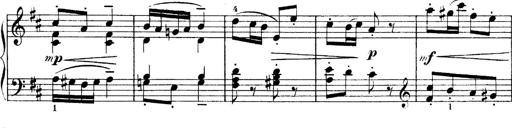
Title: 4 Sonatines
Composer: Max Reger